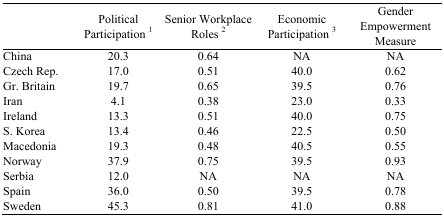
<table><thead><tr><td></td><td><b>Political Participation <sup>1</sup></b></td><td><b>Senior Workplace Roles <sup>2</sup></b></td><td><b>Economic Participation <sup>3</sup></b></td><td><b>Gender Empowerment Measure</b></td></tr></thead><tbody><tr><td>China</td><td>20.3</td><td>0.64</td><td>NA</td><td>NA</td></tr><tr><td>Czech Rep.</td><td>17.0</td><td>0.51</td><td>40.0</td><td>0.62</td></tr><tr><td>Gr. Britain</td><td>19.7</td><td>0.65</td><td>39.5</td><td>0.76</td></tr><tr><td>Iran</td><td>4.1</td><td>0.38</td><td>23.0</td><td>0.33</td></tr><tr><td>Ireland</td><td>13.3</td><td>0.51</td><td>40.0</td><td>0.75</td></tr><tr><td>S. Korea</td><td>13.4</td><td>0.46</td><td>22.5</td><td>0.50</td></tr><tr><td>Macedonia</td><td>19.3</td><td>0.48</td><td>40.5</td><td>0.55</td></tr><tr><td>Norway</td><td>37.9</td><td>0.75</td><td>39.5</td><td>0.93</td></tr><tr><td>Serbia</td><td>12.0</td><td>NA</td><td>NA</td><td>NA</td></tr><tr><td>Spain</td><td>36.0</td><td>0.50</td><td>39.5</td><td>0.78</td></tr><tr><td>Sweden</td><td>45.3</td><td>0.81</td><td>41.0</td><td>0.88</td></tr></tbody></table>